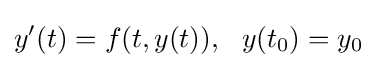
y'(t)=f(t,y(t)),\ \ y(t_{0})=y_{0}